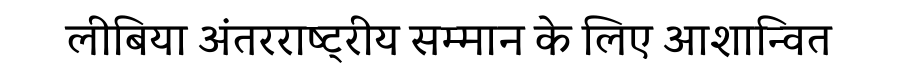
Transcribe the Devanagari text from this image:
लीबिया अंतरराष्ट्रीय सम्मान के लिए आशान्वित